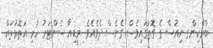
ބްރޭކިންގ ނިއުސް ގެ ގޮތުގައިވެސް ގެނެސް ދެވެއެވެ .މީޑިއާ ސެންޓަރު ހުރި އަތޮޅުތައް